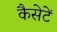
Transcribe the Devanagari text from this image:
कैसेटें